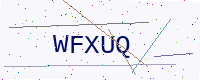
Text: WFXUQ